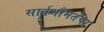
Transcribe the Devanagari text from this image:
सार्वभौमतेचा